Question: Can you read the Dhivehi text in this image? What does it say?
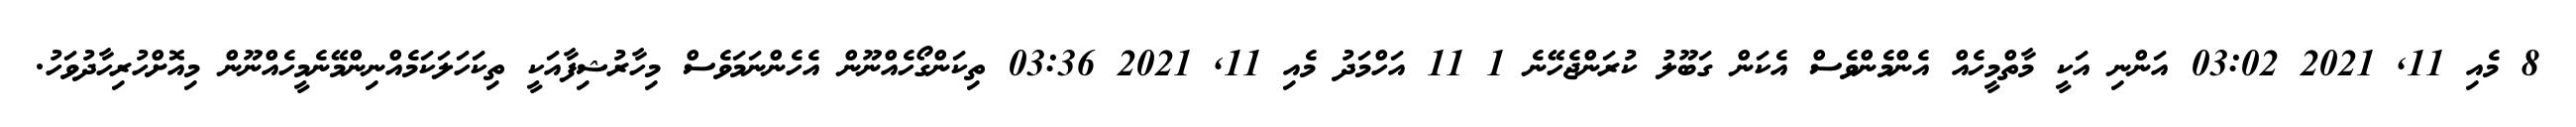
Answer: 8 މެއި 11, 2021 03:02 އަންނި އަކީ މާތްމީހެއް އެންމެންވެސް އެކަން ގަބޫލު ކުރަންޖެހޭނެ 1 11 އަހްމަދު މެއި 11, 2021 03:36 ތިކަންގޯހެއްނޫން އެހެންނަމަވެސް މިހާރުޝިފާއަކީ ތިކަހަލަކަމެއްނިންމޭނެމީހެއްނޫން މިއޮށްހުރިހާދުވަހު.